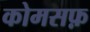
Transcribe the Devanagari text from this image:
कोमसफ़